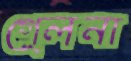
গে্লনা